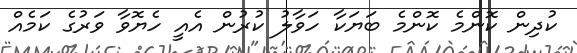
ކުދިން ކޮންމެ ކޮންމެ ބަޔަކާ ހަވާލު ކުރުން އެއީ ހެޔޮވާ ވަރުގެ ކަމެއް